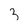
Character: 3